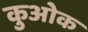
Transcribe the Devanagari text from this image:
कुओक